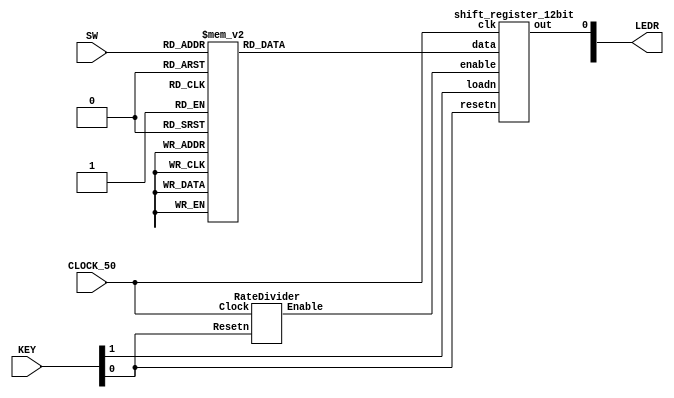
`timescale 1ps/1ps

module MorseEncoder(input [2:0] SW,
		    input [1:0] KEY,
		    input CLOCK_50,
		    output [9:0] LEDR);
					
	parameter [13:0] A = 12'b101110000000, B =12'b111010101000 , 
			 C = 12'b111010111010, D = 12'b111010100000, E = 12'b100000000000, 
			 F = 12'b101011101000, G = 12'b111011101000, H = 12'b101010100000;
	wire w2;
	reg [11:0] w3;
	
	RateDivider r0(CLOCK_50, KEY[0], w2);
	
	always@(*)begin
		case(SW[2:0])
			3'b000:  w3 <= A;
			3'b001:  w3 <= B;
			3'b010:  w3 <= C;
			3'b011:  w3 <= D;
			3'b100:  w3 <= E;
			3'b101:  w3 <= F;
			3'b110:  w3 <= G;
			3'b111:  w3 <= H;
		endcase
	end
	
	shift_register_12bit U2(CLOCK_50, w2, KEY[0], KEY[1], w3, LEDR[0]);
	
endmodule

module RateDivider(Clock, Resetn, Enable);
	input Clock, Resetn;
	output Enable;
	reg [27:0] rate, counter; // 28 bits gets you to 256M
	
	always @(posedge Clock)	//determines rate of counting
	begin
		rate <= 2500; 
	end
	always @(posedge Clock)
	begin
		if(Resetn == 1'b0) //reset
			counter <= rate - 1;
		else if(counter == 0) // enable turns on and counter resets
			counter <= rate - 1;
		else //counts down
			counter <= counter - 1;
 
	end
	
	assign Enable = (counter == 0) ? 1'b1: 1'b0;
endmodule

module shift_register_12bit(input clk, enable, resetn, loadn,
			    input [11:0] data, output out);
	
	reg [11:0] Q = {12{1'b0}};
	
	always@(posedge clk) begin
		if(resetn == 0)
			Q <= 0;
		else if(loadn==0) begin
			Q <= data;
		end
		
		else if(enable) begin
			Q[11] <= 1'b0;
			Q[10] <= Q[11];
			Q[9] <= Q[10];
			Q[8] <= Q[9];
			Q[7] <= Q[8];
			Q[6] <= Q[7];
			Q[5] <= Q[6];
			Q[4] <= Q[5];
			Q[3] <= Q[4];
			Q[2] <= Q[3];
			Q[1] <= Q[2];
			Q[0] <= Q[1];
		end
	end
	assign out = Q[0];
endmodule